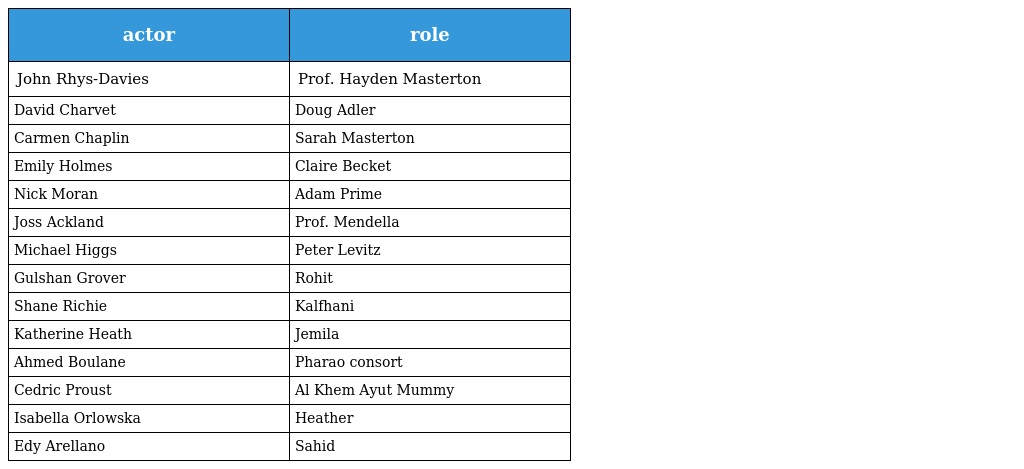
| actor | role |
 | --- | --- |
 | John Rhys-Davies | Prof. Hayden Masterton |
 | David Charvet | Doug Adler |
 | Carmen Chaplin | Sarah Masterton |
 | Emily Holmes | Claire Becket |
 | Nick Moran | Adam Prime |
 | Joss Ackland | Prof. Mendella |
 | Michael Higgs | Peter Levitz |
 | Gulshan Grover | Rohit |
 | Shane Richie | Kalfhani |
 | Katherine Heath | Jemila |
 | Ahmed Boulane | Pharao consort |
 | Cedric Proust | Al Khem Ayut Mummy |
 | Isabella Orlowska | Heather |
 | Edy Arellano | Sahid |